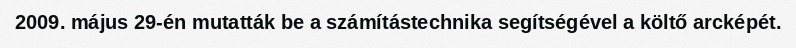
2009. május 29-én mutatták be a számítástechnika segítségével a költő arcképét.